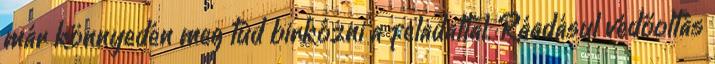
már könnyedén meg tud birkózni a feladattal. Ráadásul védőoltás